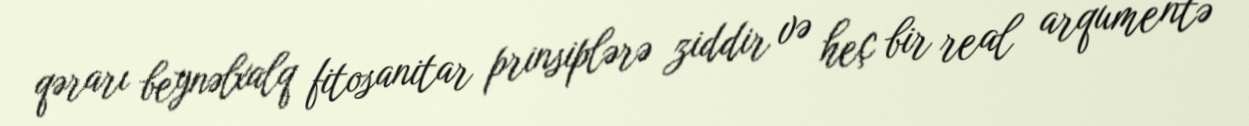
qərarı beynəlxalq fitosanitar prinsiplərə ziddir və heç bir real arqumentə